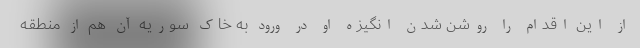
از این اقدام را روشن شدن انگیزه او در ورود به خاک سوریه آن هم از منطقه